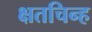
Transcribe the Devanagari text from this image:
क्षतचिन्ह